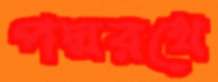
পদ্মরথে